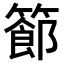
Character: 𥴝